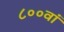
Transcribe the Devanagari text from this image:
८००वां